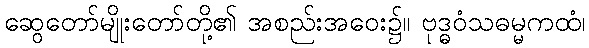
ဆွေတော်မျိုးတော်တို့၏ အစည်းအဝေး၌။ ဗုဒ္ဓဝံသဓမ္မကထံ၊